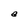
Character: a